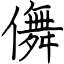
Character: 儛